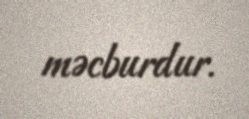
məcburdur.